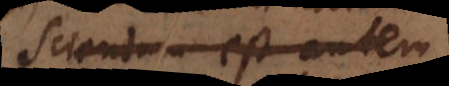
Sciendum est autem